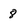
Character: 8